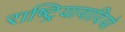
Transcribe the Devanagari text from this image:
राष्ट्रियावादियो